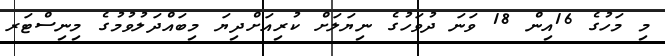
މި މަހުގެ 16އިން 18 ވަނަ ދުވަހުގެ ނިޔަލަށް ކުރިއަށްދިޔަ މިބައްދަލުވުމުގެ މިނިސްޓަރ